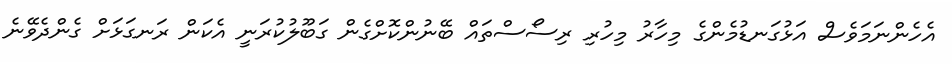
އެހެންނަމަވެސް އަޅުގަނޑުމެންގެ މިހާރު މިހުރި ރިސޯސްތައް ބޭނުންކޮށްގެން ގަބޫލުކުރަނީ އެކަން ރަނގަޅަށް ގެންދެވޭނެ